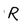
Character: R